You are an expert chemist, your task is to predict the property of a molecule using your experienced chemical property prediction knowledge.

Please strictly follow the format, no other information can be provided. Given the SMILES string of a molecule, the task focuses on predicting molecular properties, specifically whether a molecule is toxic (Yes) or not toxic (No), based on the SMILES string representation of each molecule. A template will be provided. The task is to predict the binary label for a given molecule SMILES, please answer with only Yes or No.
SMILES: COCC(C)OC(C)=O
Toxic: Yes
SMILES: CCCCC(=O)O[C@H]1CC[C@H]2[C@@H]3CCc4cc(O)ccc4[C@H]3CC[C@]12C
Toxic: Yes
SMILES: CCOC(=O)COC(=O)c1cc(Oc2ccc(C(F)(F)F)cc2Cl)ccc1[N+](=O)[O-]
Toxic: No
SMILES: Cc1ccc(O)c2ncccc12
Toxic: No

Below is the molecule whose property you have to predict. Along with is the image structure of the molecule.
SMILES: COS(=O)(=O)[O-].C[N+]1(C)CCCCC1COC(=O)C(O)(c1ccccc1)c1ccccc1
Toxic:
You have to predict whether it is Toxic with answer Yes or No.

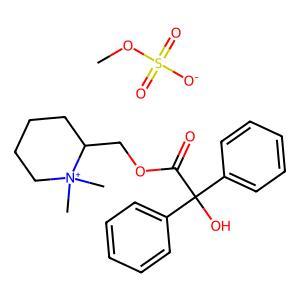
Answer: No